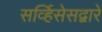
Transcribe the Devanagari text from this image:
सर्व्हिसेसद्वारे